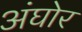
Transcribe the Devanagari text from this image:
अंघोर